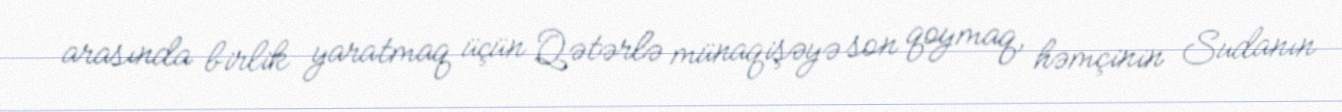
arasında birlik yaratmaq üçün Qətərlə münaqişəyə son qoymaq, həmçinin Sudanın